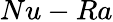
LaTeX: Nu-Ra